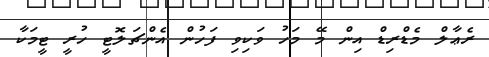
ރެޢާލް މެޑްރިޑް އިން މޭ މަހު ވަކިވި ފަހުން އެންޗަލޮޓީ ހުރީ ޓީމަކާ